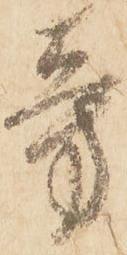
旁